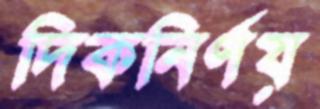
দিকনির্ণয়